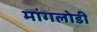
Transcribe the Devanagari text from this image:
मांगलोडी